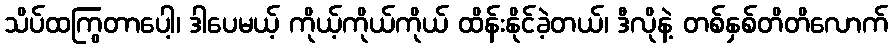
သိပ်ထကြွတာပေါ့၊ ဒါပေမယ့် ကိုယ့်ကိုယ်ကိုယ် ထိန်းနိုင်ခဲ့တယ်၊ ဒီလိုနဲ့ တစ်နှစ်တိတိလောက်